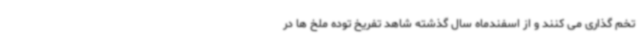
تخم گذاری می کنند و از اسفندماه سال گذشته شاهد تفریخ توده ملخ ها در